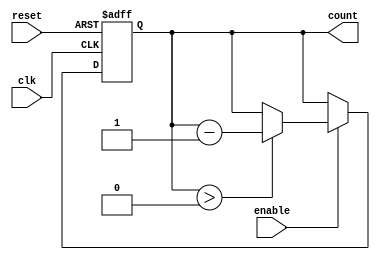
module down_counter #(
    parameter N = 15 // Maximum value for the counter (can be adjusted)
)(
    input wire clk,       // Clock input
    input wire enable,    // Enable signal
    input wire reset,     // Asynchronous reset signal
    output reg [N:0] count // Current value of the counter
);

    // Initial value of the counter
    initial begin
        count = N; // Set the counter to maximum value at initialization
    end

    // Asynchronous reset and counting logic
    always @(posedge clk or posedge reset) begin
        if (reset) begin
            count <= N; // Reset counter to maximum value
        end else if (enable) begin
            if (count > 0) begin
                count <= count - 1; // Decrement the counter
            end
        end
        // If enable is low, the counter retains its value
    end

endmodule